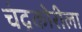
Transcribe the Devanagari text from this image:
चंद्रकोरीला